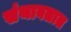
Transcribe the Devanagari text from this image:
संथावतात